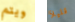
ويتم قليلآ